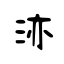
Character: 洂